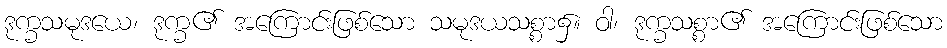
ဒုက္ခသမုဒယေ၊ ဒုက္ခ၏ အကြောင်းဖြစ်သော သမုဒယသစ္စာ၌။ ဝါ၊ ဒုက္ခသစ္စာ၏ အကြောင်းဖြစ်သော